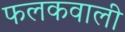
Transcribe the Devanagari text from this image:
फलकवाली